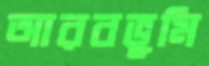
আরবভূমি